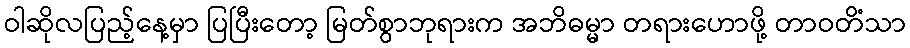
ဝါဆိုလပြည့်နေ့မှာ ပြပြီးတော့ မြတ်စွာဘုရားက အဘိဓမ္မာ တရားဟောဖို့ တာဝတိံသာ